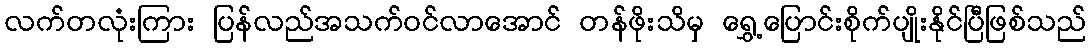
လက်တလုံးကြား ပြန်လည်အသက်ဝင်လာအောင် တန်ဖိုးသိမှ ရွှေ့ပြောင်းစိုက်ပျိုးနိုင်ပြီဖြစ်သည်